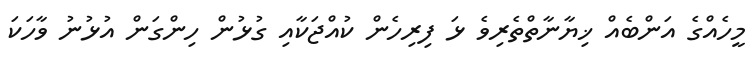
މީހެއްގެ އަންބެއް ޚިޔާނާތްތެރިވެ ޅަ ފިރިހެން ކުއްޖަކާއި ގުޅުން ހިންގަން އުޅުނު ވާހަކަ